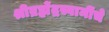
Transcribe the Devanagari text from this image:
श्रीब्रह्मेंद्रस्वामींचे